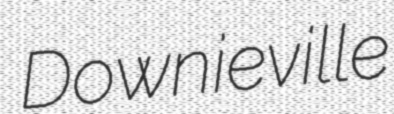
Downieville